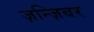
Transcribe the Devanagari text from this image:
ज़न्ज़िबर